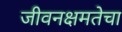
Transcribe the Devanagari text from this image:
जीवनक्षमतेचा